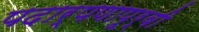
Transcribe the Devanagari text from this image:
पदार्पणापूर्वी